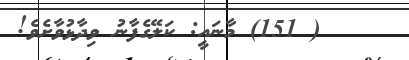
( 151) މާނައީ: ކަލޭގެފާނު ވިދާޅުވާށެވެ!